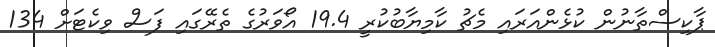
ޕާކިސްތާނުން ކުޅެންއަރައި މެޗު ކާމިޔާބުކުރީ 19.4 އޯވަރުގެ ތެރޭގައި ފަސް ވިކެޓަށް 134